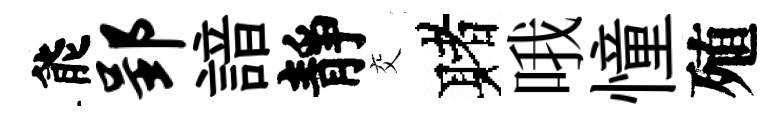
能郢諳靜交赌哦憧殖